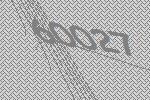
60027